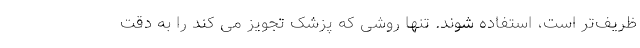
ظریف‌تر است، استفاده شوند. تنها روشی که پزشک تجویز می کند را به دقت